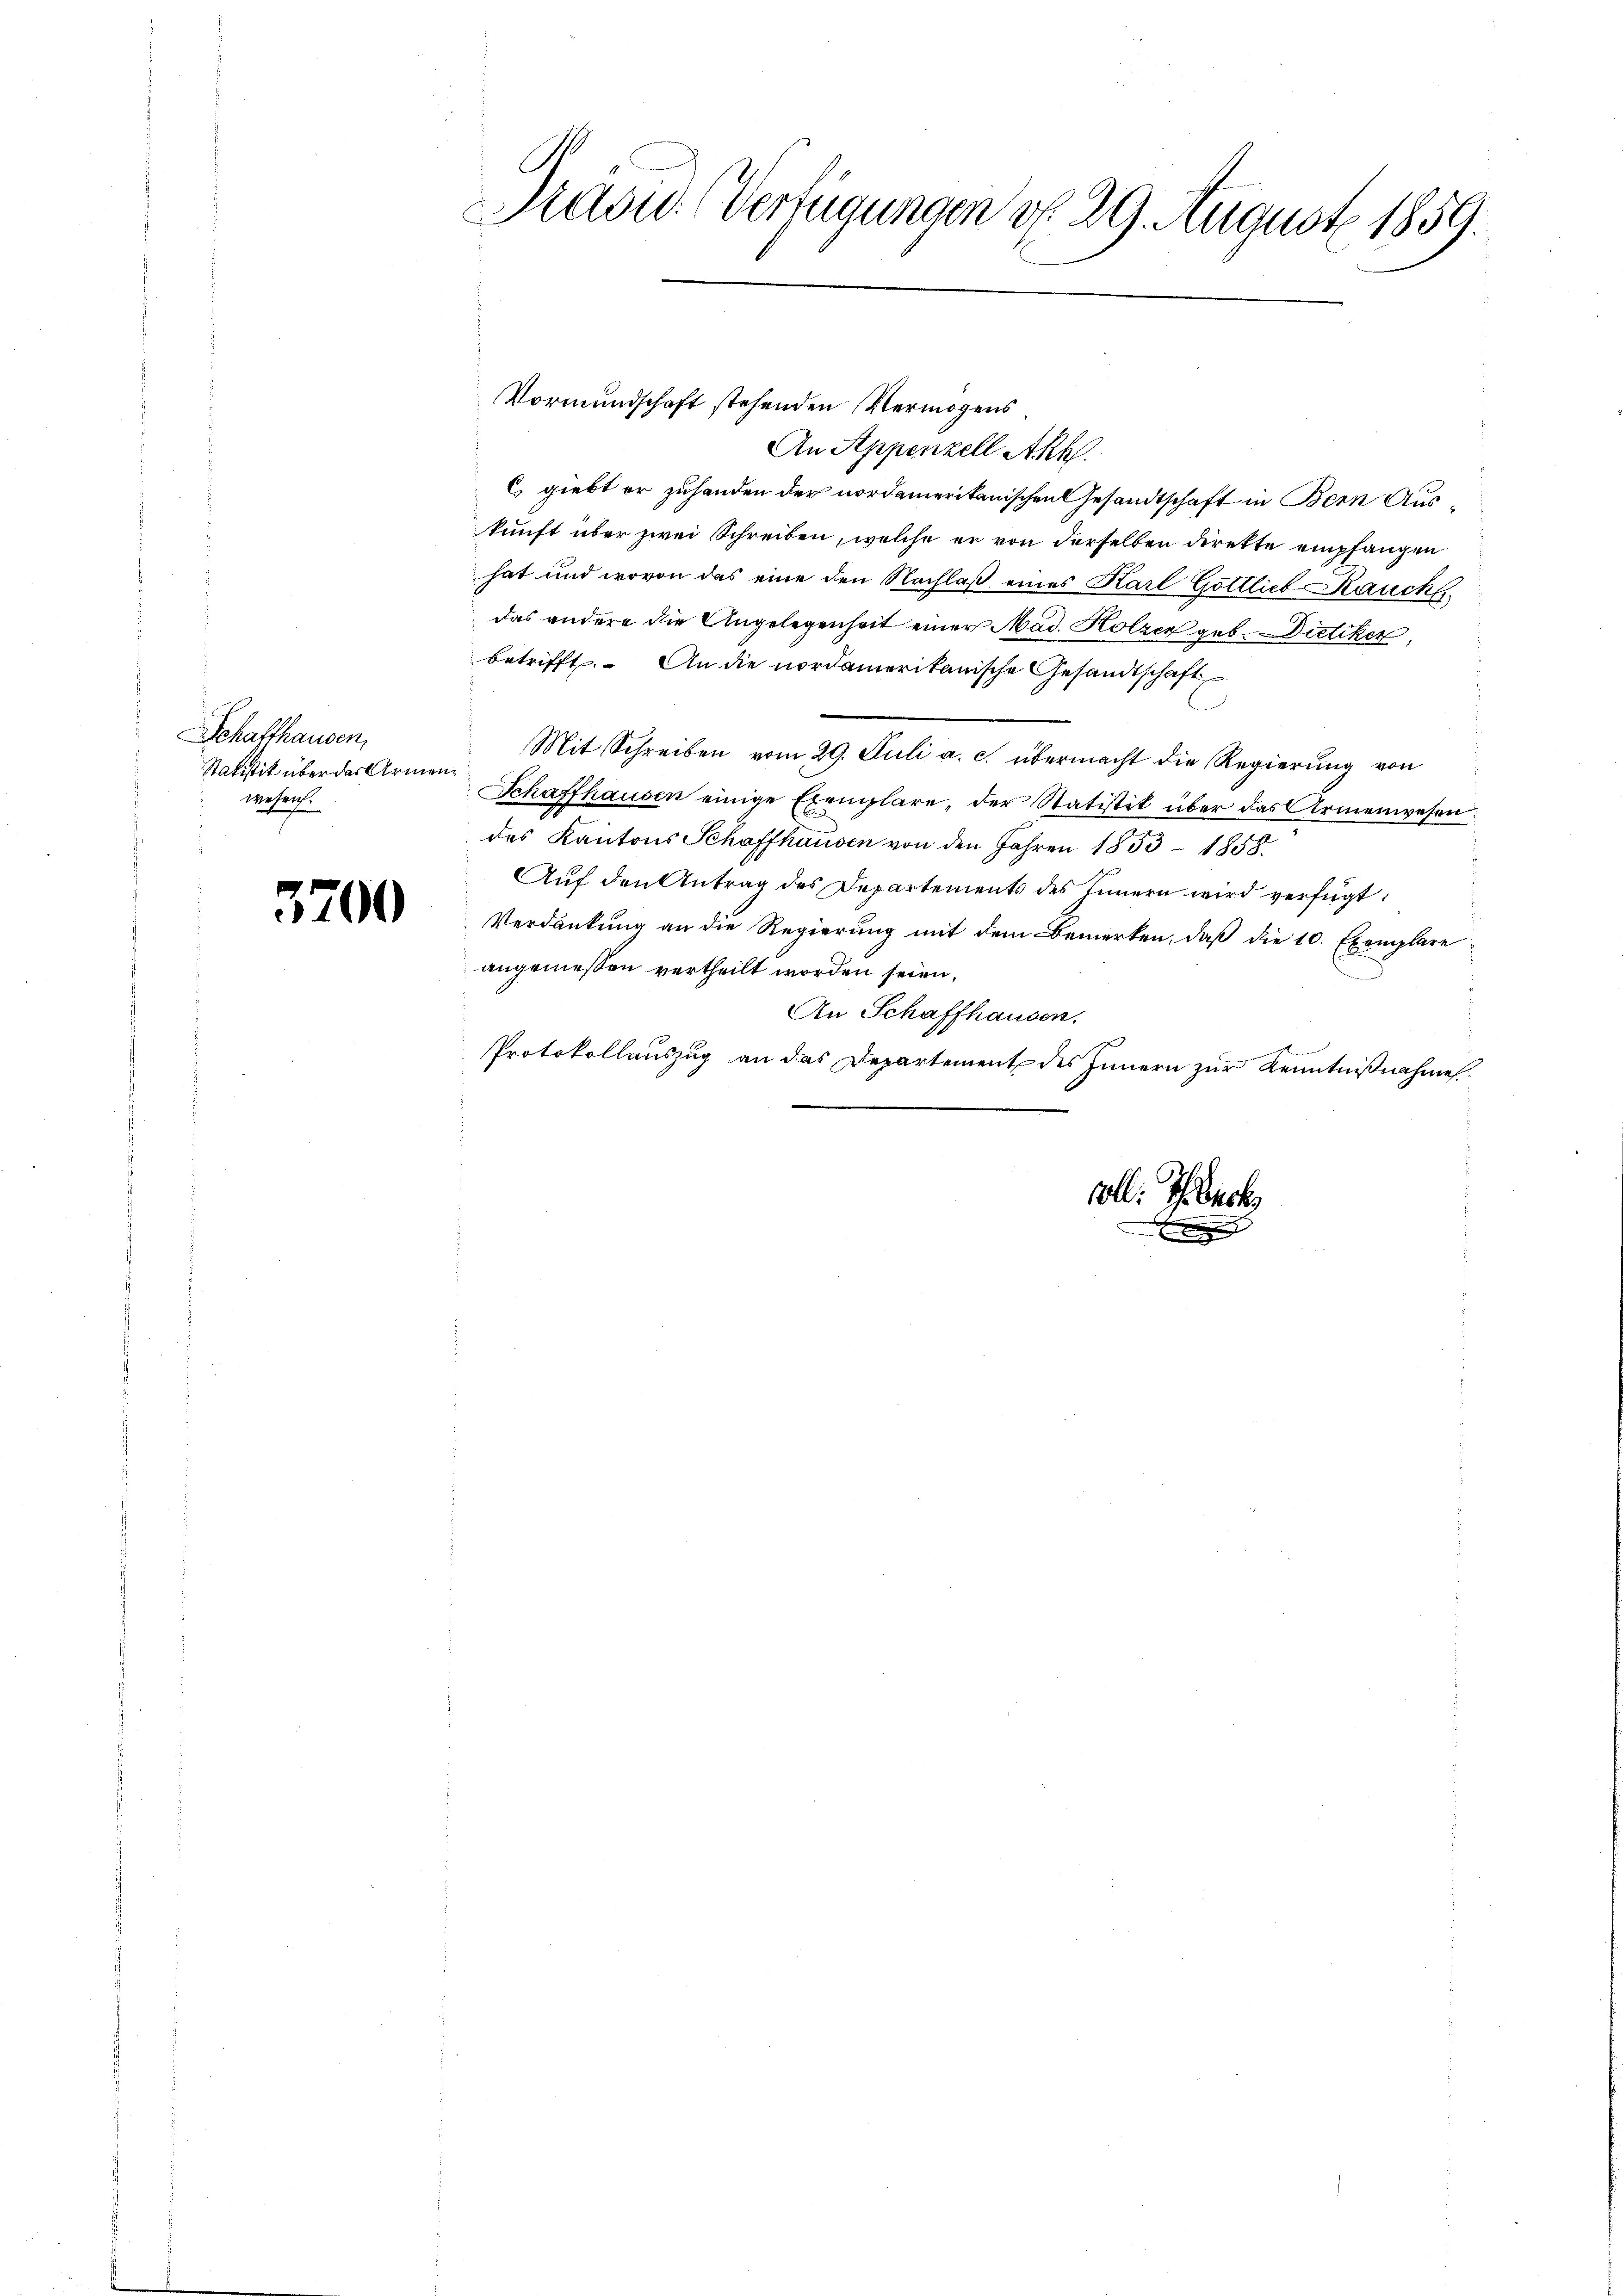
Schaffhausen,
Statistik über das Armenwesen.

5200

Sasu. Verfügungen d. 29. August 1859.

An Appenzell Akh.
Es giebt er zuhanden der nordamerikanischen Gesandtschaft in Bern Auskunft über zwei Schreiben, welche er von derselben direkte empfangen
hat und wovon das eine den Nachlaß eines Karl Gottlieb Kaucks
das andere die Angelegenheit einer Mad. Holzer geb. Dietiker
betrifft. An die nordamerikanische Gesandtschaft
Mit Schreiben vom 29. Juli a. c. übermacht die Regierŭng von
Schaffhausen einige Exemplare, der Statistik über das Armenwesen.
des Kantons Schaffhausen von den Jahren 1853 – 1858.
Auf den Antrag des Departements des Innern wird verfügt:
Verdankung an die Regierung mit dem Bemerken, daß die 10. Exemplare
angemessen vertheilt worden seien,
An Schaffhausen.
Protokollauszug an das Departement des Innern zur Kenntnißnahme

Vormundschaft stehenden Vermögens¬

voll. Ich back

e